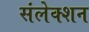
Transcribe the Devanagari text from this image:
संलेक्शन